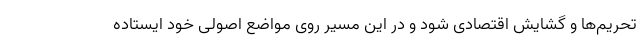
تحریم‌ها و گشایش اقتصادی شود و در این مسیر روی مواضع اصولی خود ایستاده